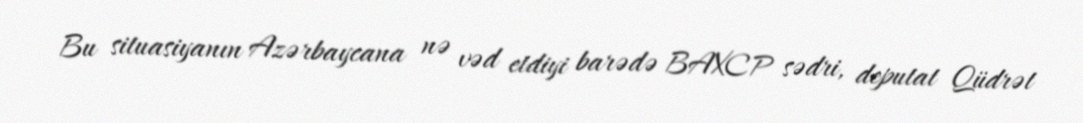
Bu situasiyanın Azərbaycana nə vəd etdiyi barədə BAXCP sədri, deputat Qüdrət